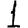
Digit: 1